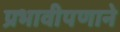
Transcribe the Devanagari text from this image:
प्रभावीपणाने